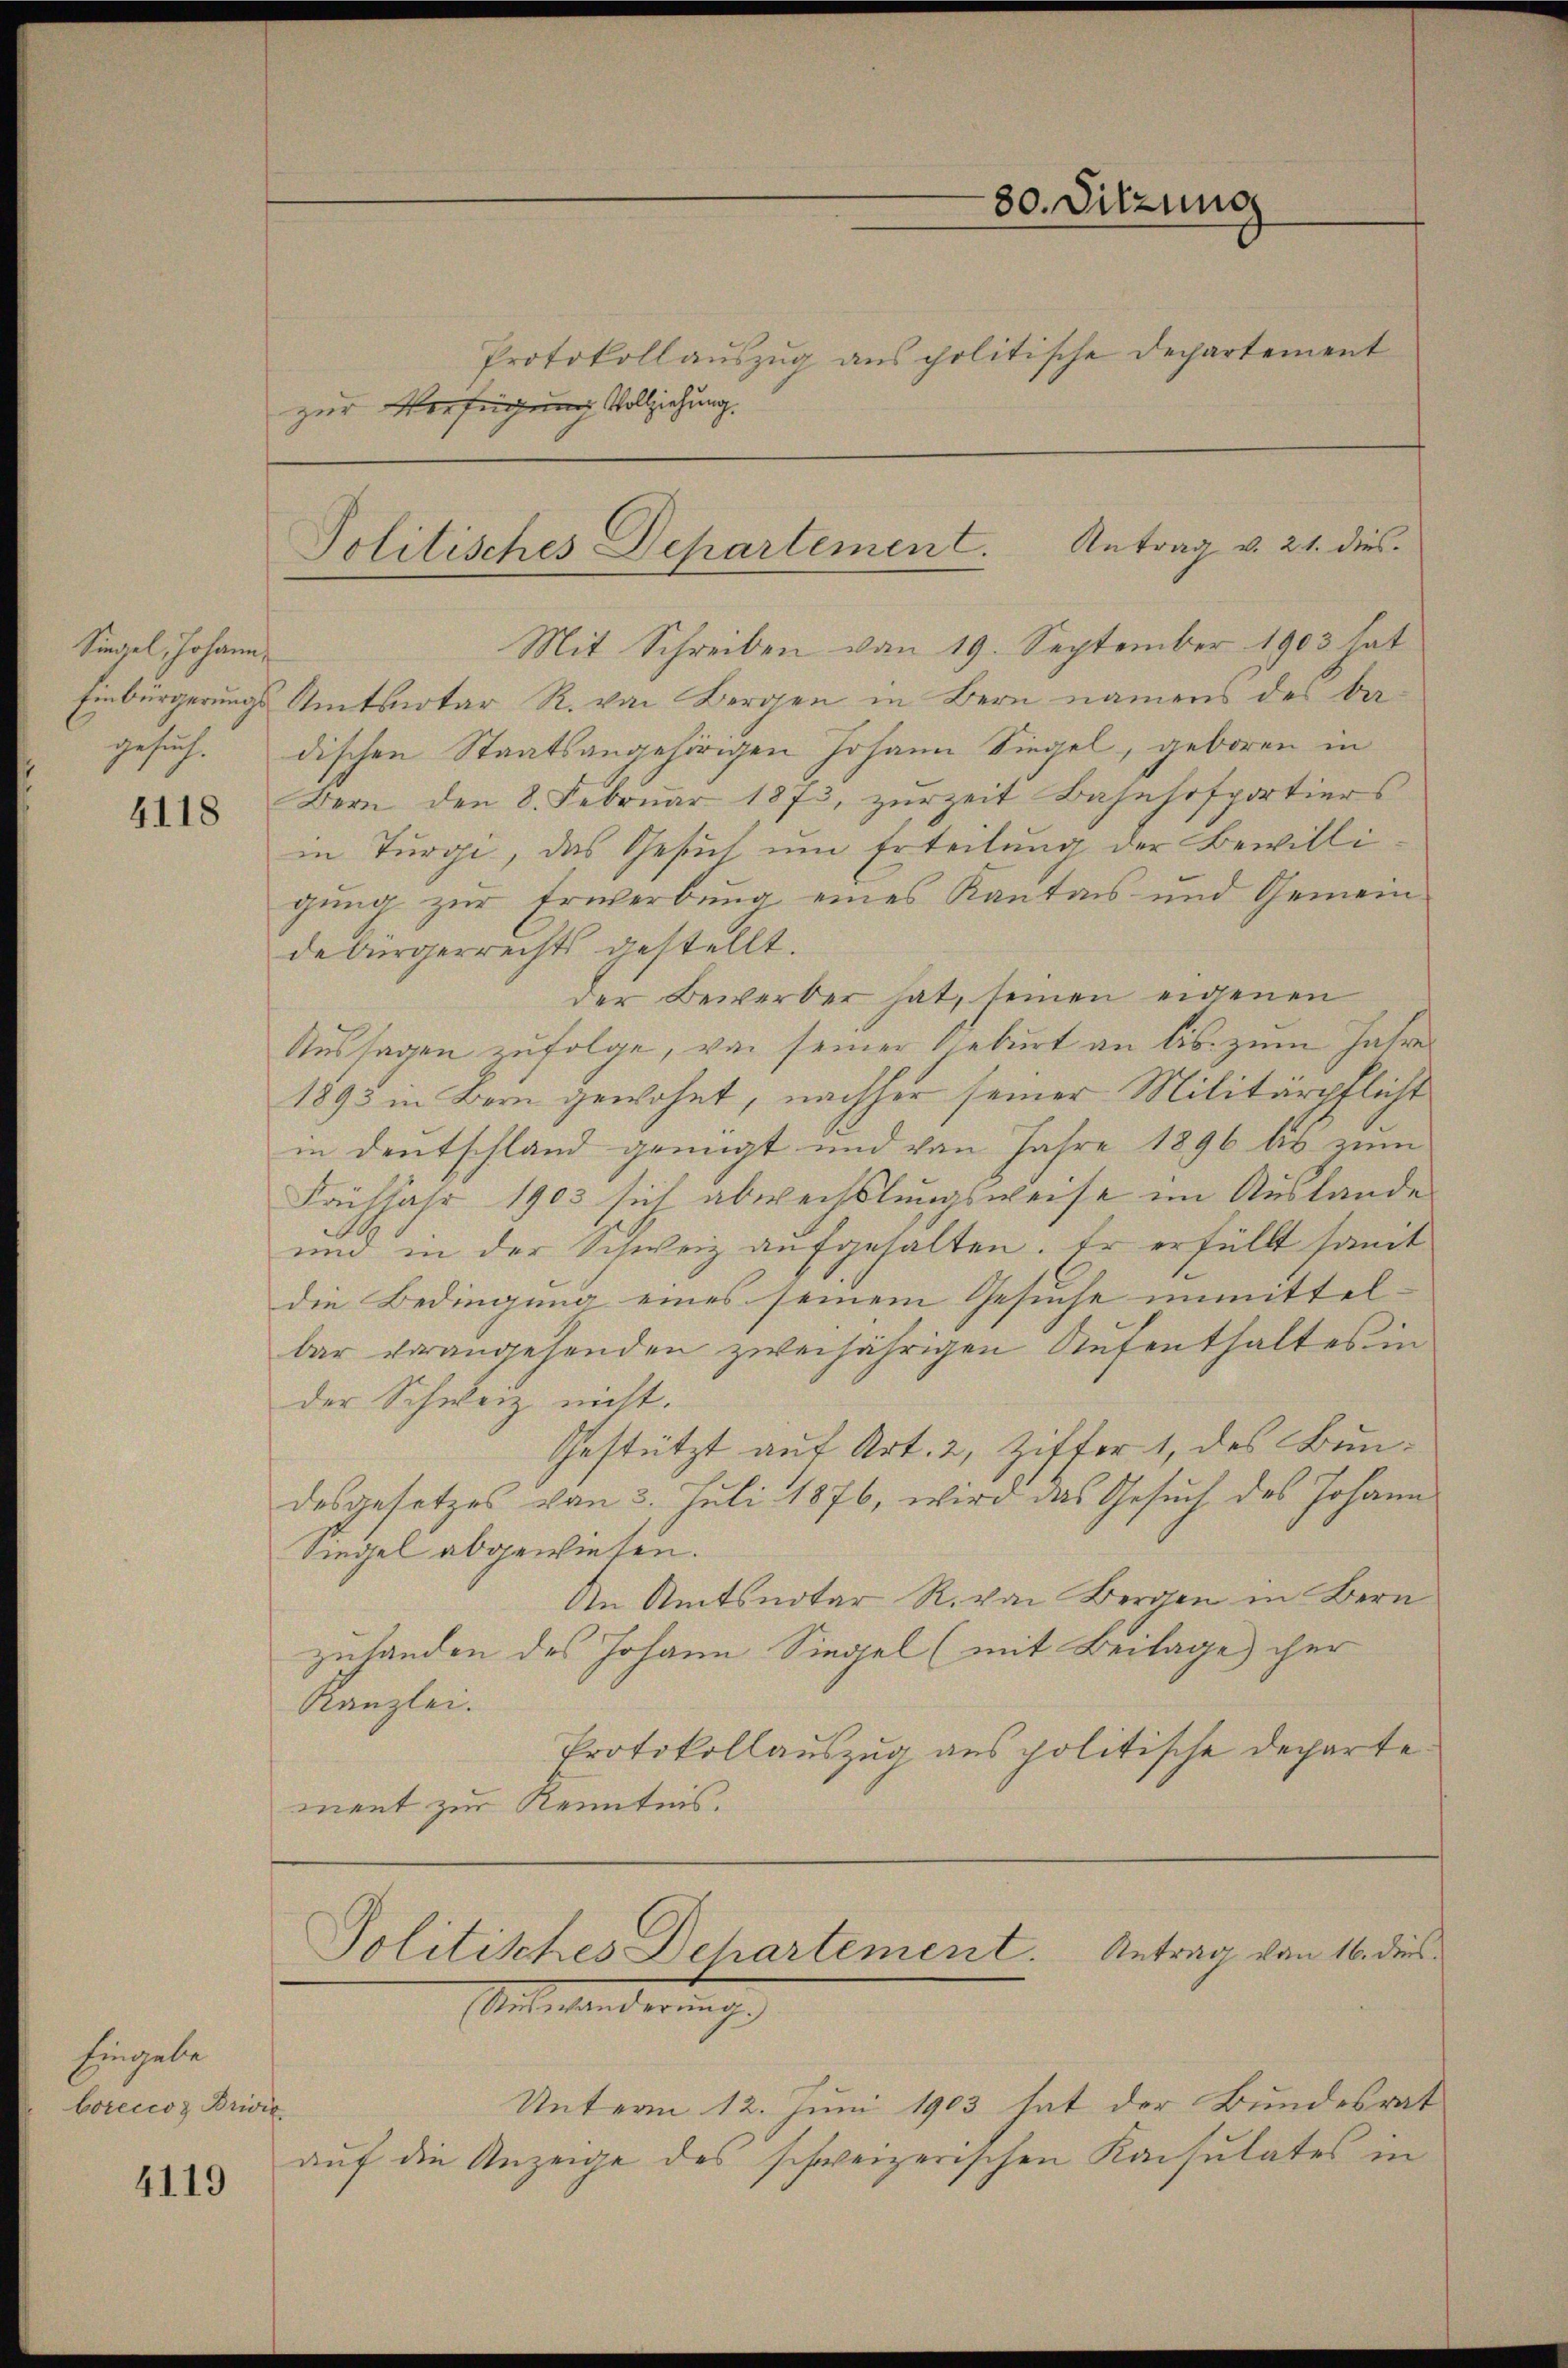
Siegel, Johann,

4118

Eingabe
borcccoz Brivil

4119

zur Verfügung Vollziehung.

Mit Schreiben von 19. September 1903 hat
Einbürgerungs Amtsnotar R. von Bergen in Bern namens des Bagesuch. dischen Staatsangehörigen Johann Siegel, geboren in
Bern den 8. Febrŭar 1873, zŭrzeit Bahnhofportiers
in Turgi, das Gesuch um Erteilung der Bewilligung zur Erwerbung eines Kanton und Gemein-
debürgerrechts gestellt.
der Bewerber hat, seinen eigenen
Aussagen zufolge, von seiner Geburt an bis zum Jahres
1893 in Bern gewohnt, nachher seiner Militärpflicht
in Deutschland genügt und von Jahre 1896 bis zum
Frühjahr 1903 sich abwechslungsweise im Auslande
und in der Schweiz aufgehalten. Er erfüllt somit
die Bedingung eines seinem Gesuche unmittelbar vorangehenden zweijährigen Aufenthaltes in
der Schweiz nicht.
Gestützt auf Art. 2, Ziffer 1, des Bundesgesetzes von 3. Juli 1876, wird das Gesuch des Johann
Siegel abgewiesen.
An Amtsnotar R. von Bergen in Bern
zuhanden des Johann Siegel (mit Beilage her
Kanzlei.
Protokollauszug aus politische Departe
ment zur Kenntnis.

80. Sitzung
Protokollauszug aus politische Departement

Politisches Departement. Antrag v. 21. dies

Politisches Dehartement. Antrag von 16. dies
(Auswanderung.)

Unterm 12. Juni 1903 hat der Bundesrat
auf die Anzeige des schweizerischen Konsulates in